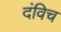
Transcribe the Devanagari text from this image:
दंविच